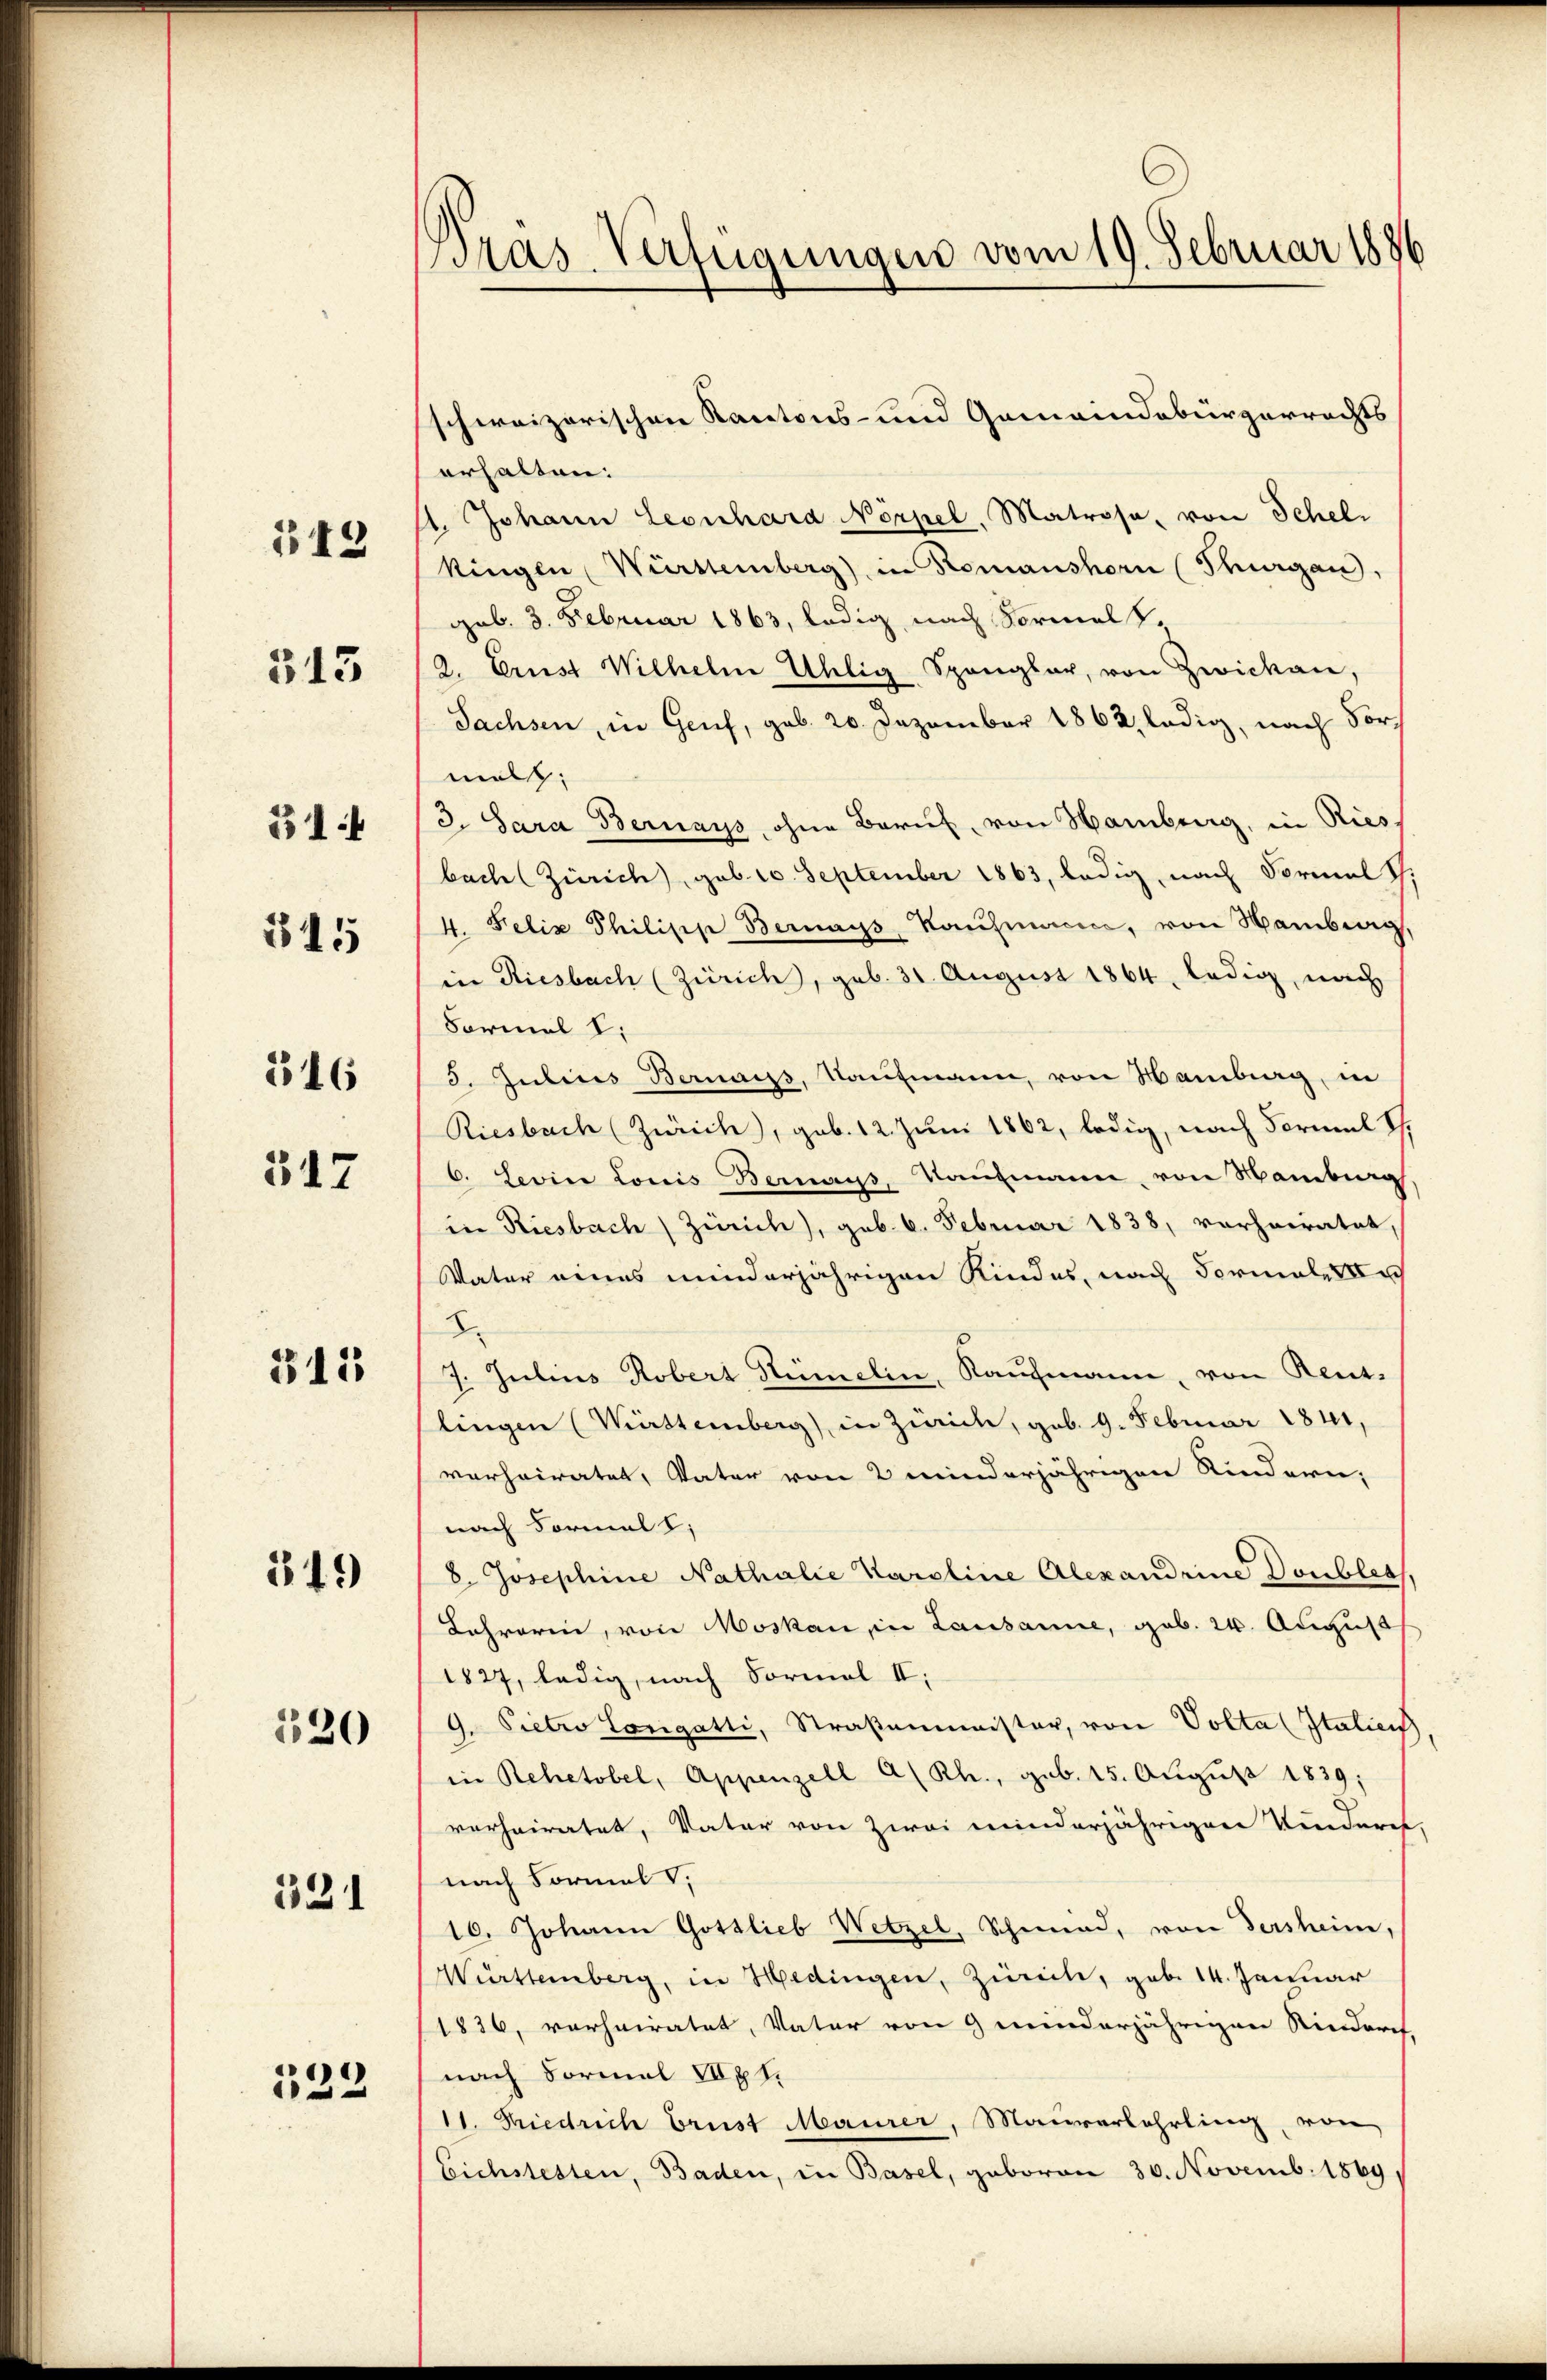
143

313

514

315

316

317

315

349

520

331

133

Bras-Verfügungen vom 19. Februar 1886

schweizerischen Kantons- und Gemeindebürgerrechts
erhalten:
1. Johann Leonhara Nörpel, Matrosa, von Schelkingen Württemberg), in Romanshorn (Thurgau,
gub. 3. Februar 1863, ledig nach Formalk¬
2. Ernst Wilhelm Uhlig Spangler, von Zwicken,
Sachsen, in Genf, geb. 20. Dezember 1862, ledig, nach Vormal
3. Sara Bernays, ohne Beruf, von Hamburg, in Riesbach (Zürich, geb. 10. September 1863, ledig, nach Formal S.
4. Felix Philipp Bernas Kaufmann, von Hamburg,
in Riesbach (Zürich, geb. 31. August 1864, ledig, nach
Farmel I.
3. Julius Bernaiss, Kaufmann, von Hamburg, in
Riesbach (Zürich, geb. 12. Juni 1862, ledig, nach Vormal S.
6. Levine Louis Beraus, Kaufmann, von Hamburg
in Riesbach Zürich), geb. 6. Februar 1838, verheiratet,
Vater eines minderjährigen Kindes, nach Formali
.
7. Julius Robers Rümelin, Kaufmann, von Rentlingen (Württemberg), in Zürich, geb. 9. Februar 1841,
verheiratet, Vater von 2 minderjährigen Kindern;
nach Formal 1;
8. Josephine Nathalie Karoline Alexandrine Doubles,
Lehrerin, von Moskau in Lausanne, geb. 24. August
1827, ledig, nach Formal II:
9. Pietro longatti, Straßenmeister, von Volta (Italien
in Rehetobel, Appenzell A/Rh., geb. 15. August 1839;
verheiratet, Vater von zwei minderjährigen Kinderet,
nach Formal V
16. Johann Gottlieb Wetzel, Schweid, von dersheim,
Württemberg, in Hedingen, Zürich, geb. 14. Januar
1826, vorheiratet, Vater von 9 minderjährigen Rindorf,
nach Formal II,1.
11. Diedrich brust Maurer, Maurerlehrling, von
Eichstesten, Baden, in Basel, geboren 30. Novemb. 1869,